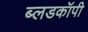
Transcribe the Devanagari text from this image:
ब्लडकॉपी